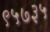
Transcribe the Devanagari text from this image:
९५७३५